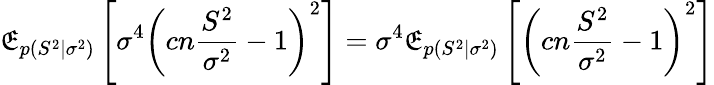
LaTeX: \operatorname{\mathfrak{E}}_{p(S^{2}\mid\sigma^{2})}\left[\sigma^{4}\left(cn{\frac{{S^{2}}}{{\sigma^{2}}}}-1\right)^{2}\right]=\sigma^{4}\operatorname{\mathfrak{E}}_{p(S^{2}\mid\sigma^{2})}\left[\left(cn{\frac{{S^{2}}}{{\sigma^{2}}}}-1\right)^{2}\right]